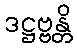
ဒဋ္ဌဗ္ဗန္တိ